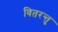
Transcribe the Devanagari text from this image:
वितरन्तु